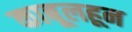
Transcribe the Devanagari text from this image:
काबूलहून